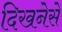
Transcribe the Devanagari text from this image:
दिखनेसे